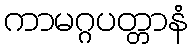
ကာမဂ္ဂပတ္တာနံ